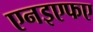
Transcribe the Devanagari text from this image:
एनइएफए